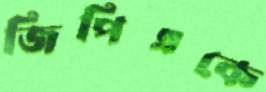
জিপিএকে